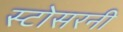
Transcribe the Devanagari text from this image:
स्टोसरनी